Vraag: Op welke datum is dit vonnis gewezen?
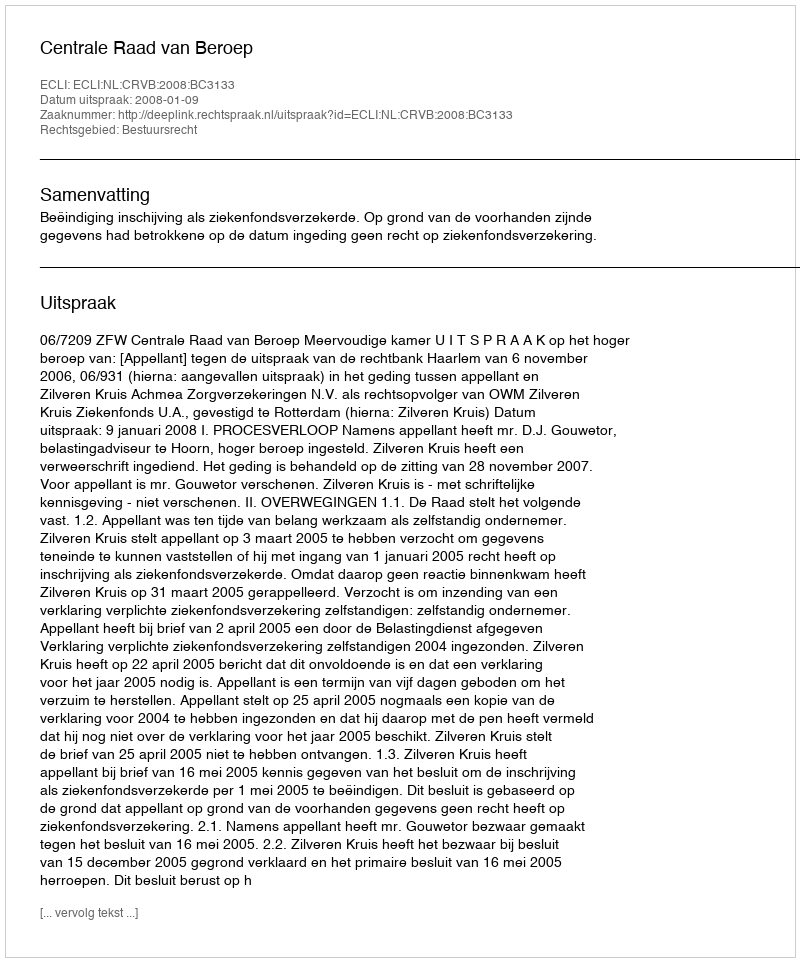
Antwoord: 2008-01-09